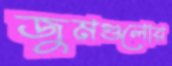
জুমগুলোর